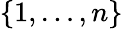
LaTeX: \{ 1,\ldots,n\}